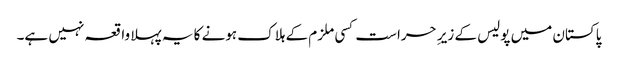
پاکستان میں پولیس کے زیرِ حراست کسی ملزم کے ہلاک ہونے کا یہ پہلا واقعہ نہیں ہے۔